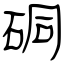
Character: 硐